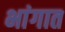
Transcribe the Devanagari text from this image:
भांगात